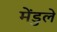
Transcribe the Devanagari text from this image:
मेंडुले